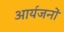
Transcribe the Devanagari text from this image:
आर्यजनों